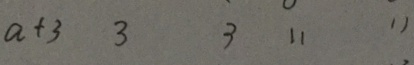
a + 3 3 3 1 1 1 1